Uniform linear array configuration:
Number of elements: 64
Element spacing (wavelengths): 0.75
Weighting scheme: hann
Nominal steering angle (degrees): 45
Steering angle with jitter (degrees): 45.578
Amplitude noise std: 0.05
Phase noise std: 0.05

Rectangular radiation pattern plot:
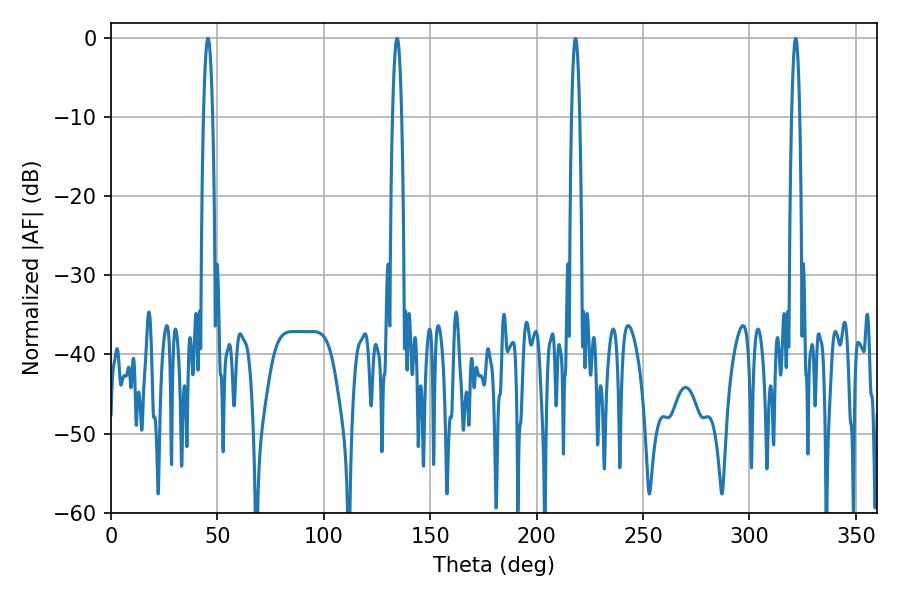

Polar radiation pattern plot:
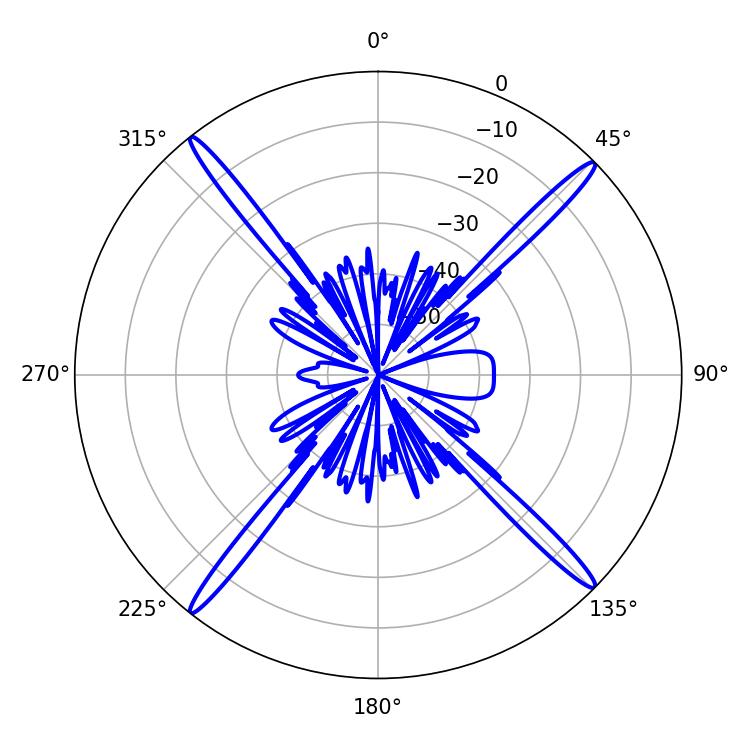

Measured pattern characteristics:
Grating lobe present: TRUE
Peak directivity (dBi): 21.338
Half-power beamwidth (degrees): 2.34
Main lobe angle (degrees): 45.54